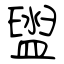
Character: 盥